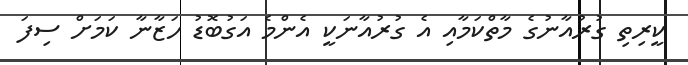
ކީރިތި ގުރުއާނުގެ މާތްކަމާއި އެ ގުރުއާނަކީ އެންމެ އަގުބޮޑު ހަޒާނާ ކަމަށް ސިފަ